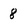
Character: 8